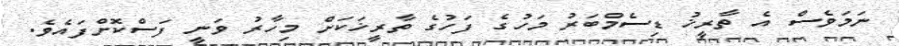
ނަމަވެސް އެ ތާރީޚު ޑިސެމްބަރު މަހުގެ ފަހުގެ ތާރީޚަކަށް މިހާރު ވަނީ ފަސްކޮށްފައެވެ.